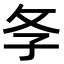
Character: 𢻯